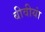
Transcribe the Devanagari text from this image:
बीवीयां